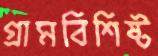
গ্রামবিশিষ্ট